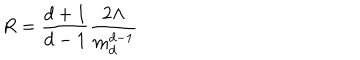
LaTeX: R = \frac { d + 1 } { d - 1 } \frac { 2 \Lambda } { m _ { d } ^ { d - 1 } }